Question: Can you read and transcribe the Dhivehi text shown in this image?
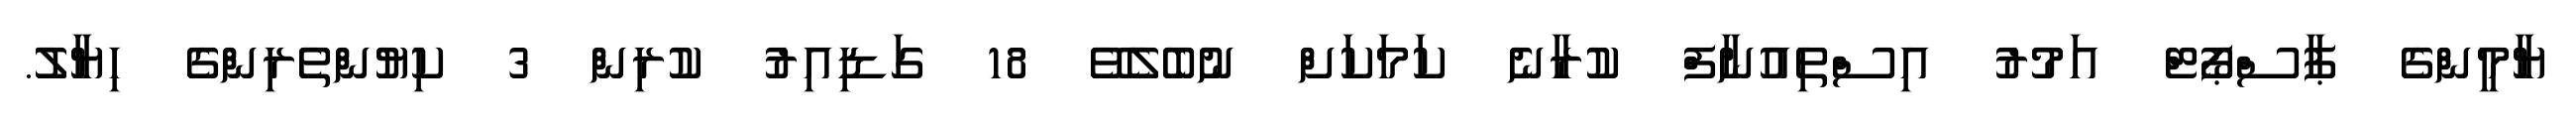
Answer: ޔާމީންގެ ޕާސްޕޯޓް އަމުރު އިސްތިއުނާފް ކުރާނެ ކަމަކަށް ނުބެލެވޭ 18 ގަޑިއިރު ކުރިން 3 ކިޔުންތެރިންގެ ހިޔާލު.